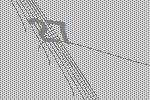
27